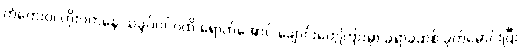
တွံတေးဝ၊ တိုးဝကနေ သခွပ်ပင်ဝထိ ရောက်အောင် ချောင်းတွေကြားမှာ ခဲရာခဲဆစ် ခုတ်မောင်းပြီး